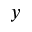
y